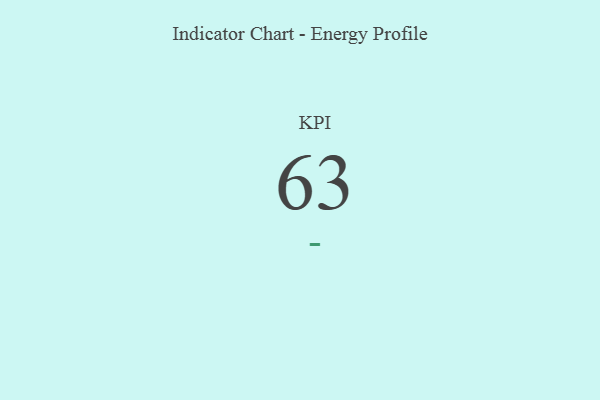
{"axis": {"x": "KPI", "y": "Value"}, "legend": [""], "data": [{"x": "KPI", "y": 63, "type": ""}]}